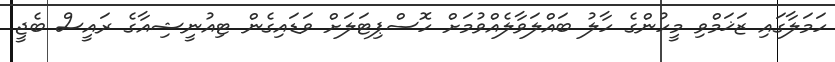
ހަމަލާގައި ޒަޚަމްވި މީހުންގެ ހާލު ބައްލަވާލެއްވުމަށް ހޮސްޕިޓަަލަށް ވަޑައިގެން ޓިއުނީޝިއާގެ ރައީސް ބެޖީ